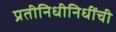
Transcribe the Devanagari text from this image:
प्रतीनिधीनिधींची